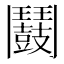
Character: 𩰛